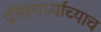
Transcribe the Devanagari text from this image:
प्रतिस्पर्ध्याच्याच